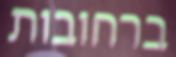
ברחובות